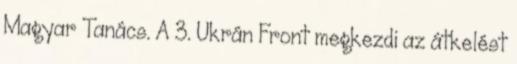
Magyar Tanács. A 3. Ukrán Front megkezdi az átkelést